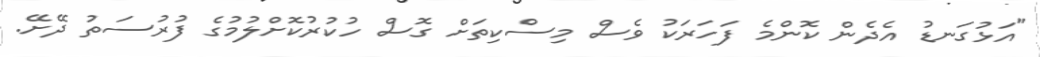
"އަޅުގަނޑު އެދެން ކޮންމެ ފަހަރަކު ވެސް މިސްކިތަށް ގޮސް ހުކުރުކޮށްލުމުގެ ފުރުސަތު ދޭށޭ.